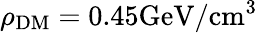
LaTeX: \rho_{\mathrm{DM}}=0.45\mathrm{GeV}/\mathrm{cm}^{3}